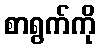
စာရွက်ကို